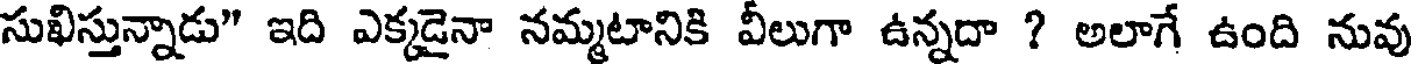
సుఖిస్తున్నాడు" ఇది ఎక్కడైనా నమ్మటానికి వీలుగా ఉన్నదా ? అలాగే ఉంది నువు